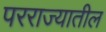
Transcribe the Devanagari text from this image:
परराज्यातील